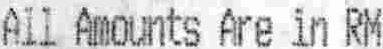
ALL AMOUNTS ARE IN RM